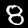
Label: 8